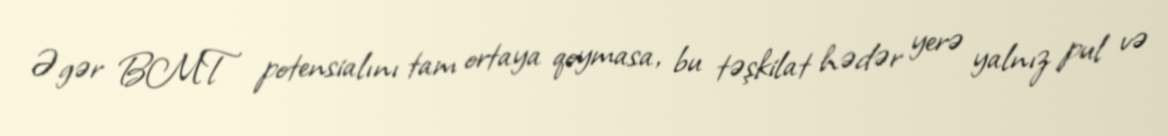
Əgər BMT potensialını tam ortaya qoymasa, bu təşkilat hədər yerə yalnız pul və